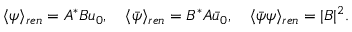
\langle \psi \rangle _ { r e n } = A ^ { * } B u _ { 0 } , \quad \langle \bar { \psi } \rangle _ { r e n } = B ^ { * } A \bar { u } _ { 0 } , \quad \langle \bar { \psi } \psi \rangle _ { r e n } = | B | ^ { 2 } .